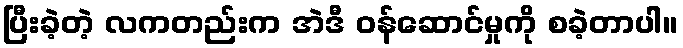
ပြီးခဲ့တဲ့ လကတည်းက အဲဒီ ဝန်ဆောင်မှုကို စခဲ့တာပါ။